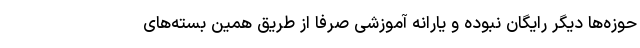
حوزه‌ها دیگر رایگان نبوده و یارانه آموزشی صرفاً از طریق همین بسته‌های